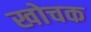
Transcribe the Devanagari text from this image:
खोचक